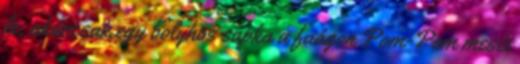
le, akárcsak egy bolyhos sapka a faágon Pom-Pom meséi